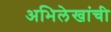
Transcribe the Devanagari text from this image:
अभिलेखांची